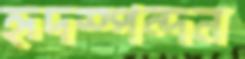
হৃদস্পন্দন